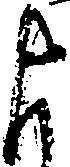
よ